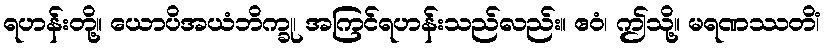
ရဟန်းတို့။ ယောပိအယံဘိက္ခု၊ အကြင်ရဟန်းသည်လည်း။ ဧဝံ၊ ဤသို့။ မရဏဿတိံ၊